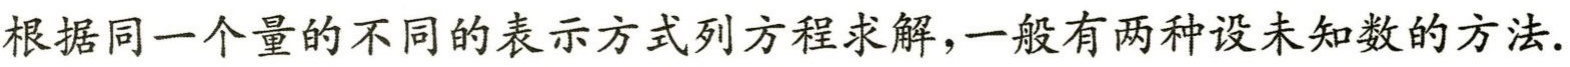
根据同一个量的不同的表示方式列方程求解,一般有两种设未知数的方法.